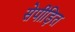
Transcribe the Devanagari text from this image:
सेपीड़ित